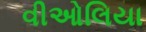
વીઓલિયા